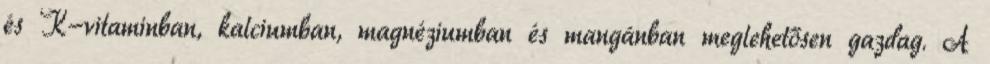
és K-vitaminban, kalciumban, magnéziumban és mangánban meglehetősen gazdag. A